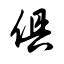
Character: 俱